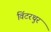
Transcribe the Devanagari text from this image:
विंटरथुर